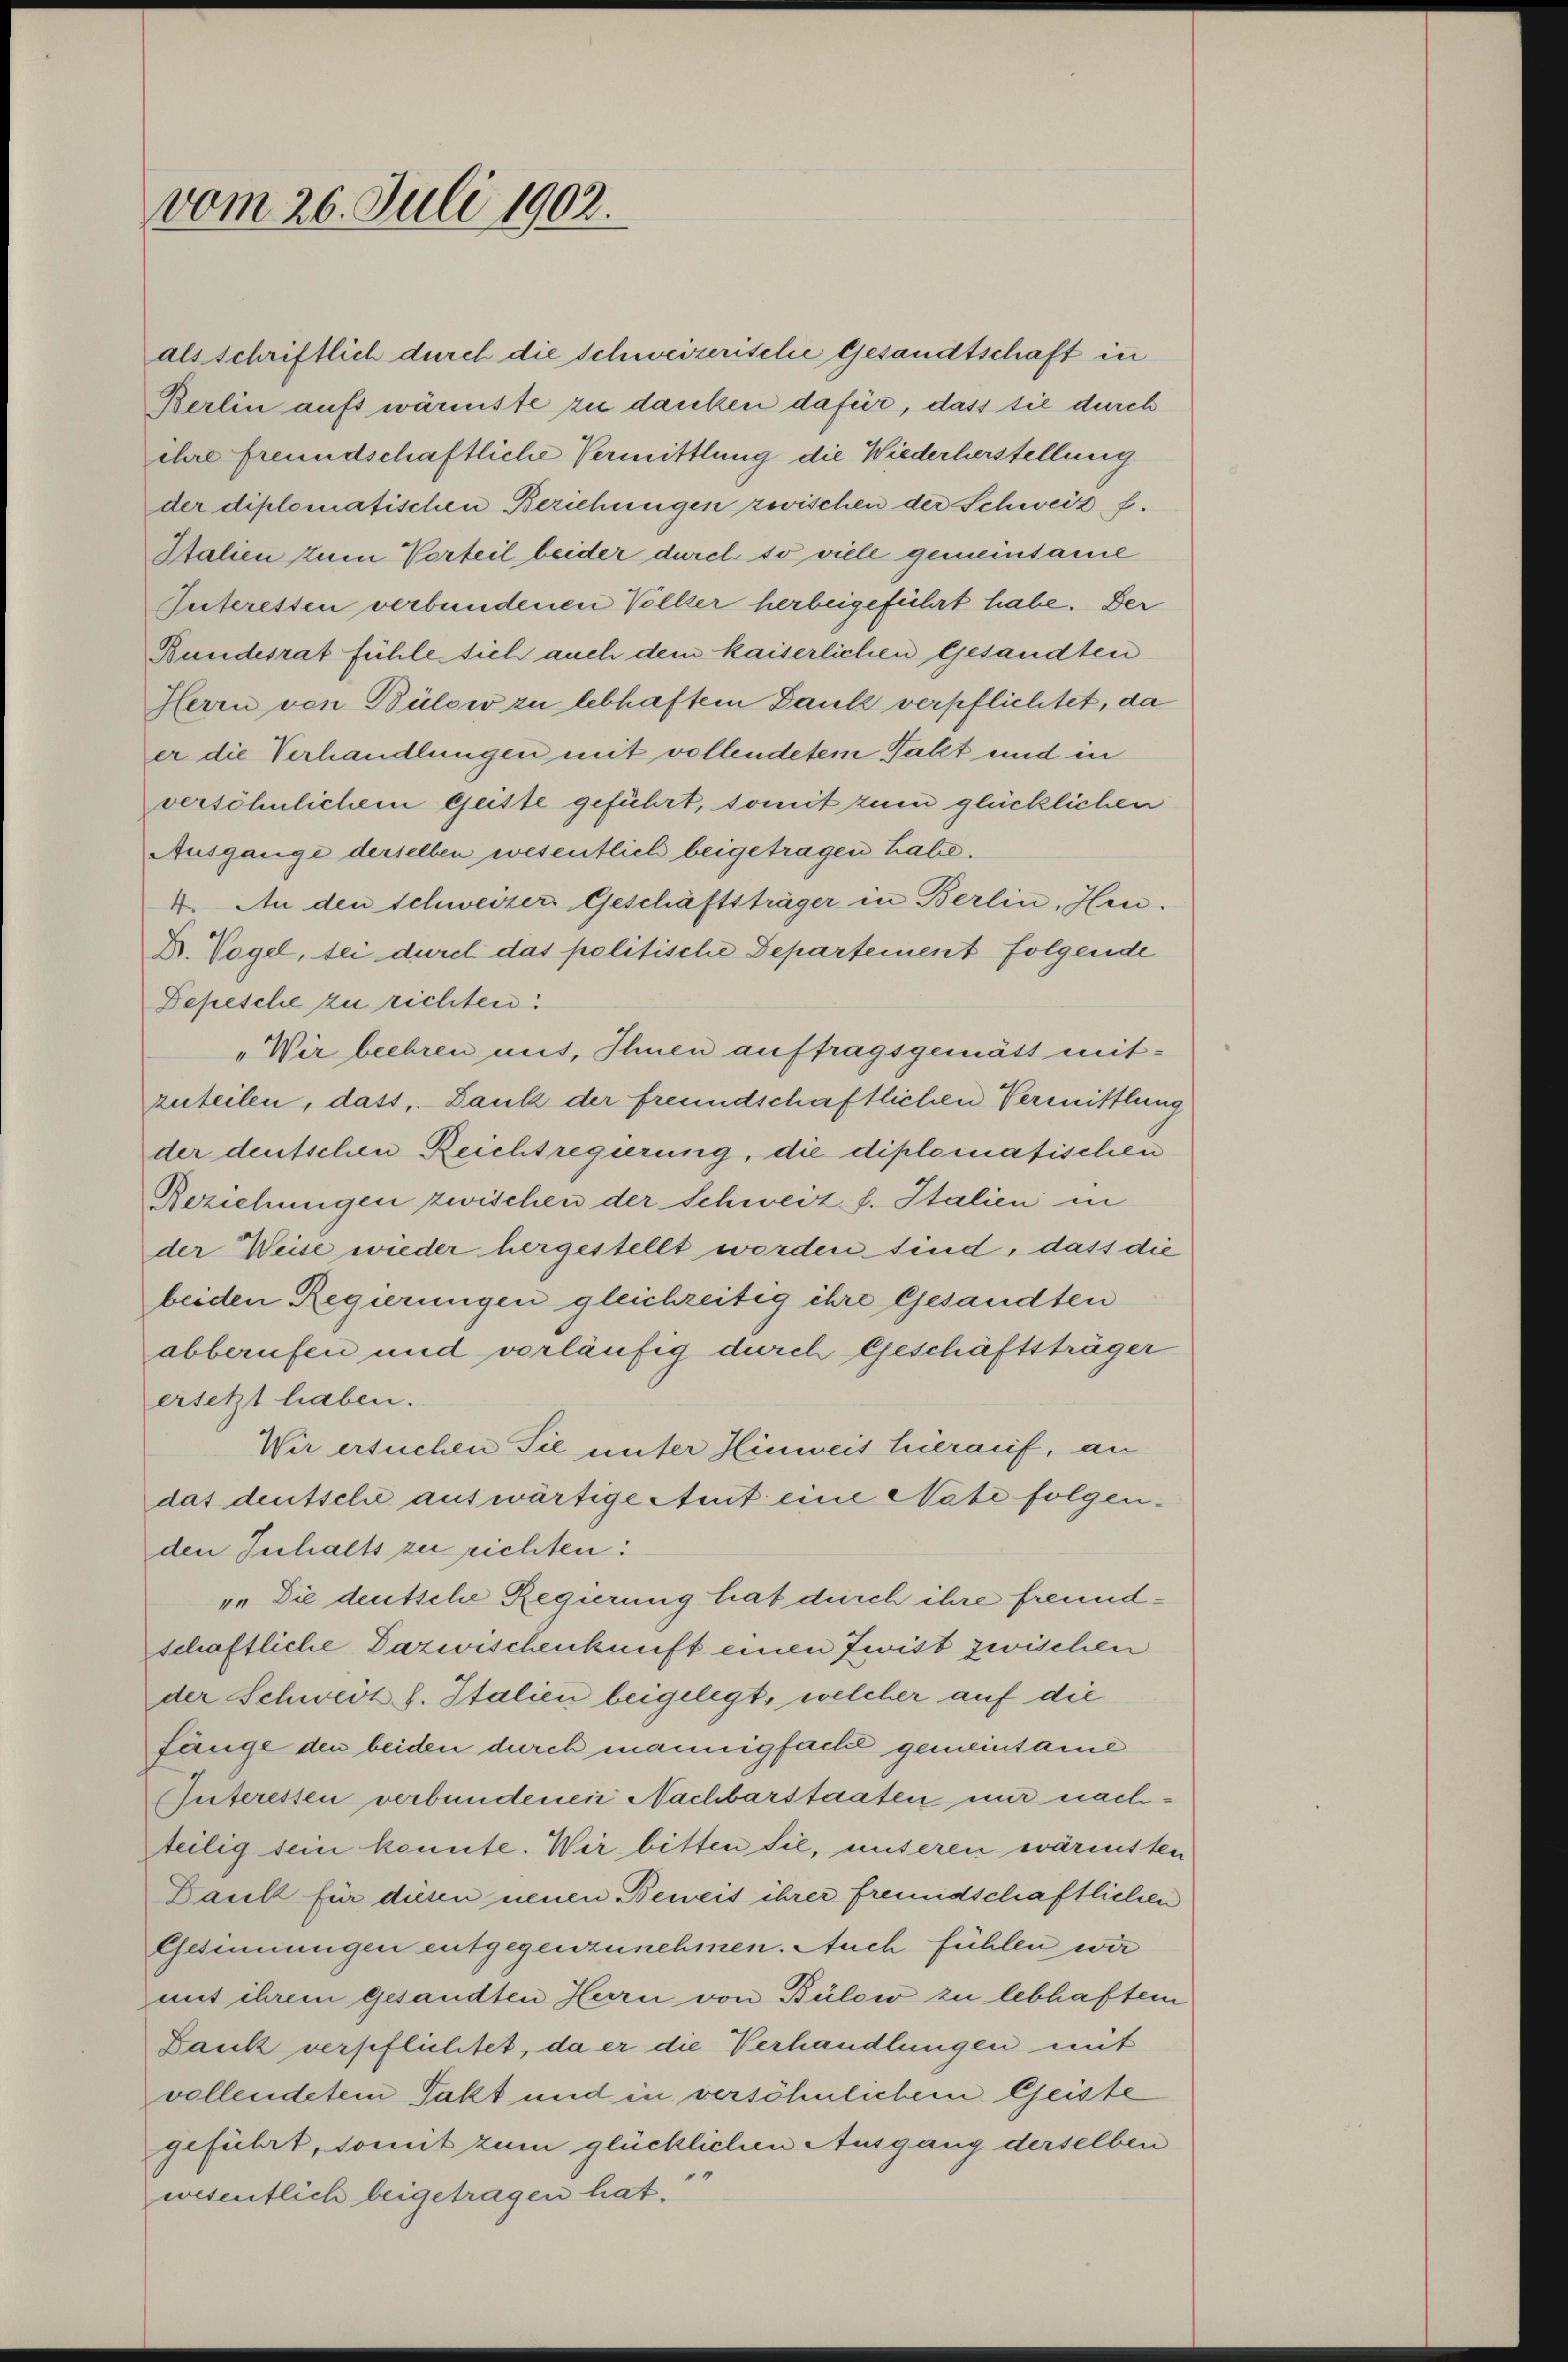
vom 26. Juli 1902.

als schriftlich durch die Schweizerische Gesandtschaft in
Berlin aufs wärmste zu danken dafür, dass sie durch
ihre freundschaftliche Vermittlung die Wiederherstellung
der diplomatischen Beziehungen zwischen der Schweiz f.
Stalien zum Vorteil beider durch so viele gemeinsame
Interessen verbundenen Völker herbeigeführt habe. Der
Bundesrat fühle sich auch dem kaiserlichen Gesandten
Herrn von Bülow zu lebhaftem Dank verpflichtet, da
er die Verhandlungen mit vollendetem Takt und in
versöhnlichem Geiste geführt, somit zum glücklichen
Ausgange derselben wesentlich beigetragen habe.
4. An den Schweizer Geschäftsträger in Berlin, Heu¬
Dr. Vogel, sei durch das politische Departement folgende
Depesche zu richten:
„Wir beehren aus, Ihnen auftragsgemätt mitzuteilen, dass, Zank der freundschaftlichen Vermittlung
der deutschen Reichtregierung, die diplomatischen
Beziehungen zwischen der Schweiz s. Italien in
der Weise wieder hergestellt worden sind, dass die
beiden Regierungen gleichzeitig ihre Gesandten
abberufen und vorläufig durch Geschäftsträger
ersetzt haben.
Wir ersuchen Sie unter Hinweit hierauf, an
das deutsche auswärtige Amt eine Nate folgenden Inhalts zu richten:
v. Die deutsche Regierung hat durch ihre freundschaftliche Dazwischenkunft einen Zwist zwischen
der Schweiz s. Italien beigelegt, welcher auf die
fänge den beiden durch mannigfache gemeinsame
Suteressen verbundenen Nachbarstaaten nur nachteilig sein konnte. Wir bitten sie, unseren wärmtten
Dank für diesen neuen Beweis ihrer fremdschaftlichen
Gesinnungen entgegenzunehmen. Auch fühlen wir
mit ihrem gesandten Herrn von Bülow zu lebhaftem
Bank verpflichtet, da er die Verhandlungen mit
vollendetem Takt und in versöhnlichem Geiste
geführt, somit zum glücklichen Ausgang derselben
.
wesentlich beigetragen hat.